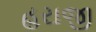
હરાજી